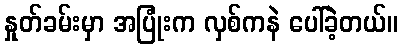
နှုတ်ခမ်းမှာ အပြုံးက လှစ်ကနဲ ပေါ်ခဲ့တယ်။